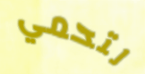
لتحمي